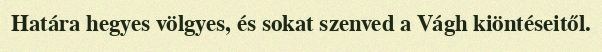
Határa hegyes völgyes, és sokat szenved a Vágh kiöntéseitől.